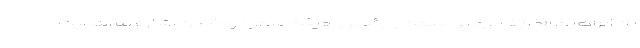
بن ابراهیم الخریف»، وزیر صنعت و رئیس هیئت سعودی ضمن اشاره به اهمیت